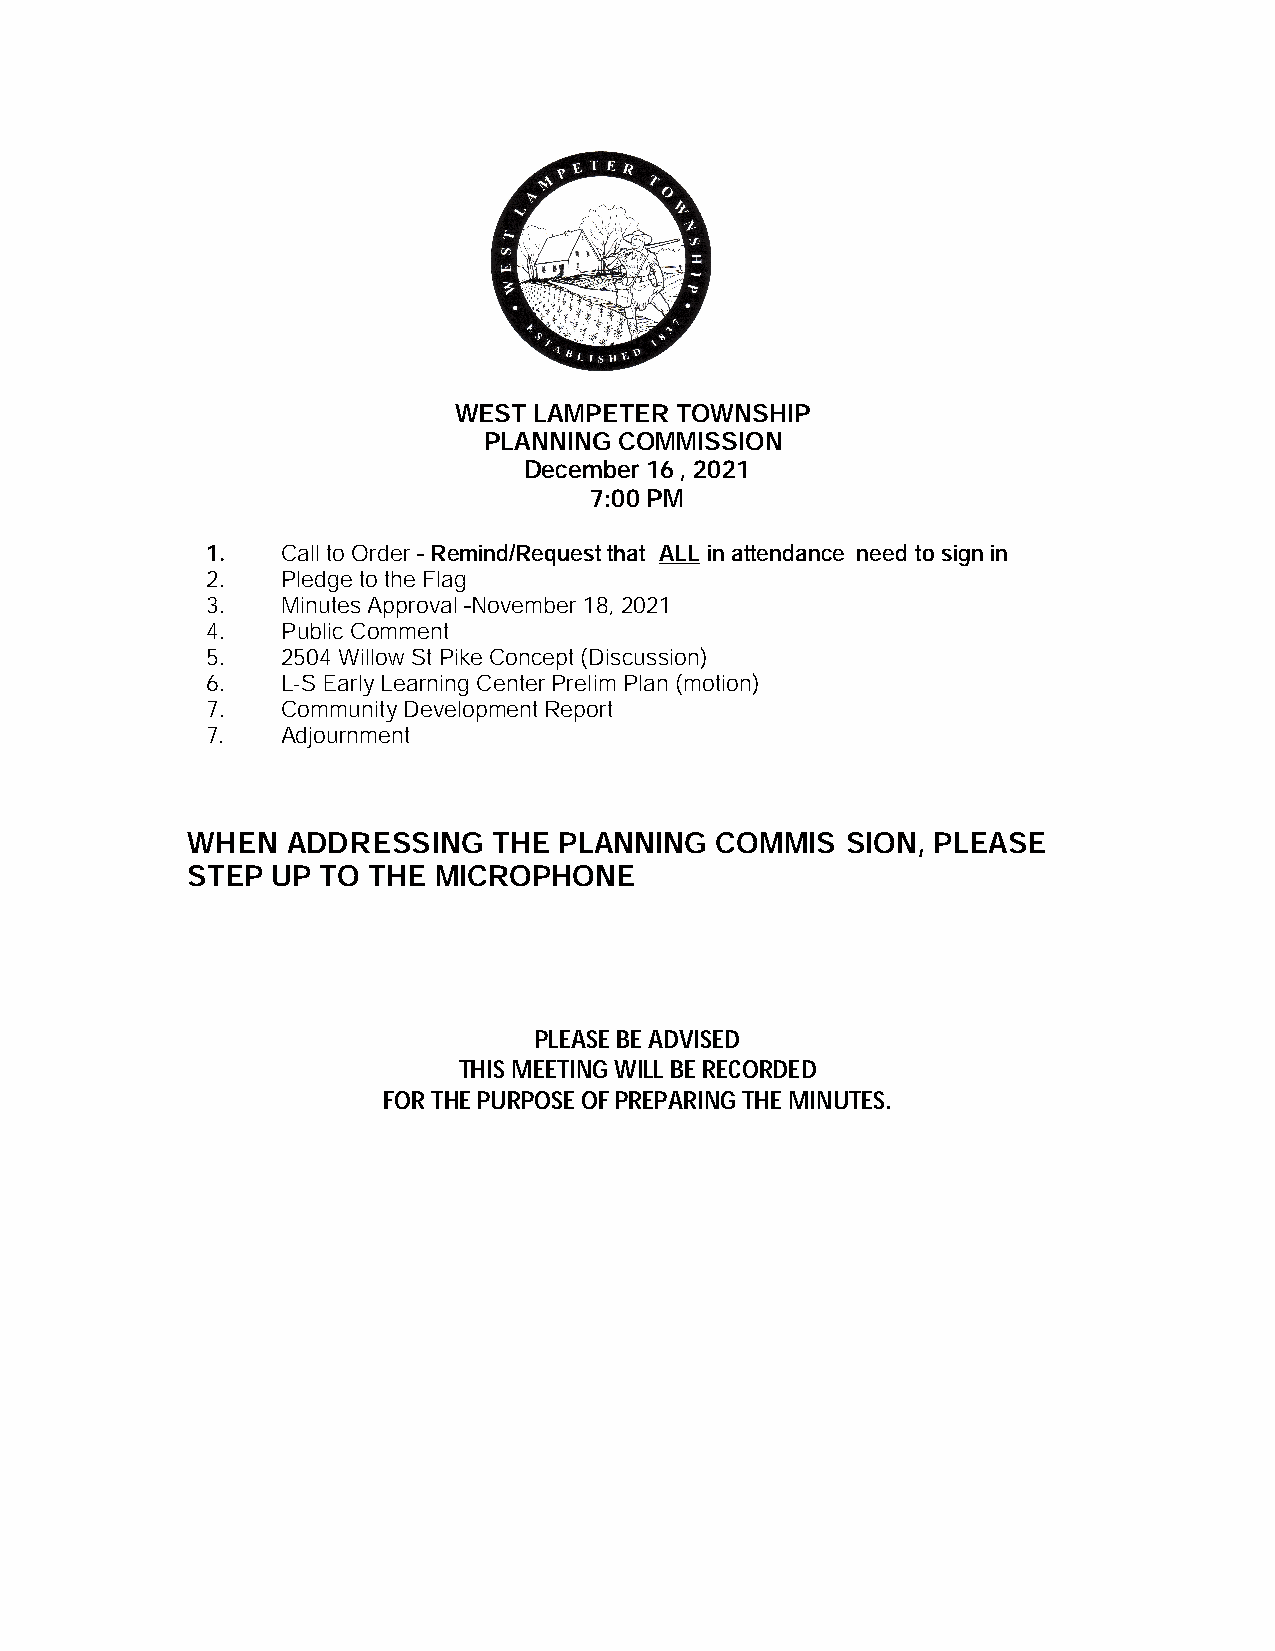
WEST LAMPETER  TOWNSHIP
 PLANNING COMMISSION
 December 16, 2021
 7:00 PM
 1.   Call to Order – Remind/Request that ALL in attendance need to sign in
 2.   Pledge to the Flag
 3.   Minutes Approval –November 18, 2021
 4.   Public Comment
 5.   2504 Willow St Pike Concept (Discussion)
 6.   L-S Early Learning Center Prelim Plan (motion)
 7.   Community Development Report
 7.   Adjournment
 WHEN   ADDRESSING    THE PLANNING  COMMIS   SION, PLEASE
 STEP  UP TO THE  MICROPHONE
 PLEASE BE ADVISED
 THIS MEETING WILL BE RECORDED
 FOR THE PURPOSE OF PREPARING THE MINUTES.